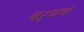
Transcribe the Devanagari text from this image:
बर्‍यच